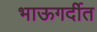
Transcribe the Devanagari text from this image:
भाऊगर्दीत